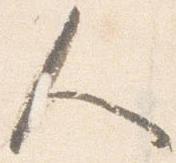
人